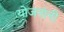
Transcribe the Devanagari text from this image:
योजनांनी